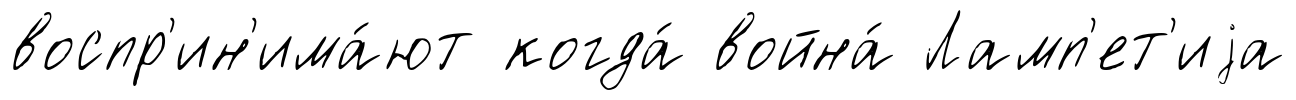
воспр'ин'има́ют когда́ война́ Ламп'ет'иjа